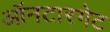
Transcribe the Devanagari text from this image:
ऑनटारगेट